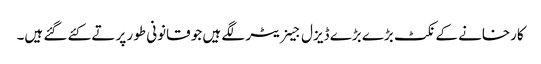
کارخانے کے نکٹ بڑے بڑے ڈیزل جینریٹر لگے ہیں جو قانونی طور پر تے کئے گئے ہیں۔